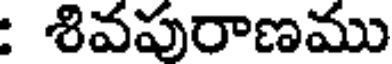
: శివపురాణము